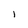
Character: l